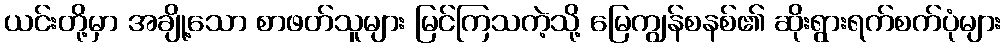
ယင်းတို့မှာ အချို့သော စာဖတ်သူများ မြင်ကြသကဲ့သို့ မြေကျွန်စနစ်၏ ဆိုးရွားရက်စက်ပုံများ